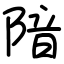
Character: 隌